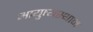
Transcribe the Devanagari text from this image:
आयुष्यस्थान